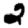
Digit: 2